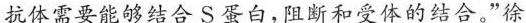
抗体需要能够结合S蛋白，阻断和受体的结合。”徐